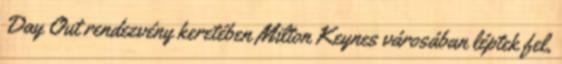
Day Out rendezvény keretében Milton Keynes városában léptek fel,